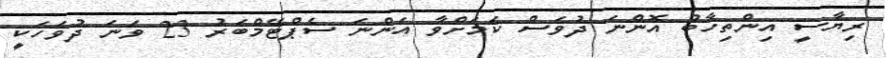
ރިޔާސީ އިންތިހާބު އޮންނަ ދުވަސް ކަމަށްވާ އަންނަ ސެޕްޓޭމްބަރު 23 ވަނަ ދުވަހަކީ